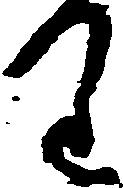
り